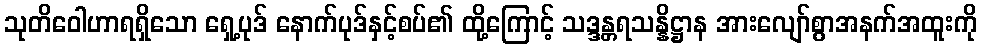
သုတိဝေါဟာရရှိသော ရှေ့ပုဒ် နောက်ပုဒ်နှင့်စပ်၏ ထို့ကြောင့် သဒ္ဒန္တရသန္နိဋ္ဌာန အားလျော်စွာအနက်အထူးကို